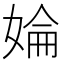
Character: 婨